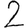
Digit: 2